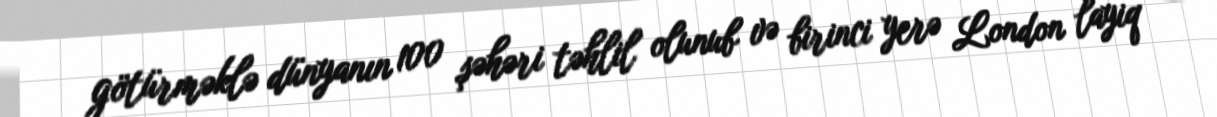
götürməklə dünyanın 100 şəhəri təhlil olunub və birinci yerə London layiq